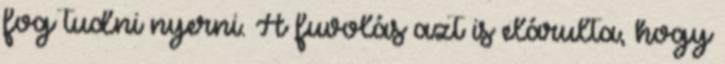
fog tudni nyerni. A fuvolás azt is elárulta, hogy